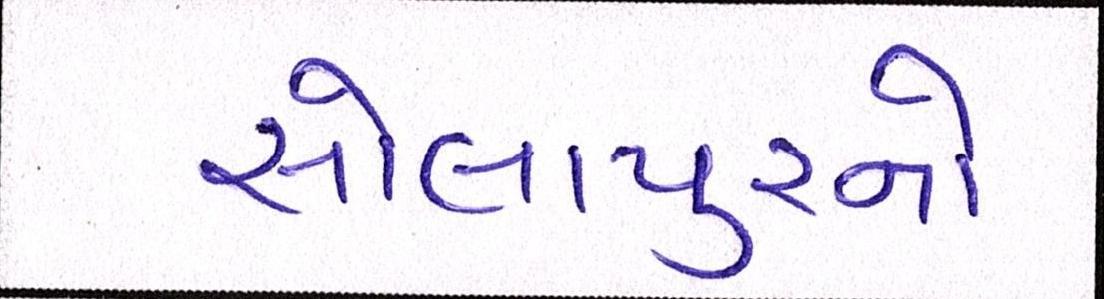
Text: સોલાપુરનો